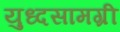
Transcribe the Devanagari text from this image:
युध्दसामग्री